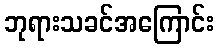
ဘုရားသခင်အကြောင်း